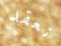
نعقد